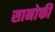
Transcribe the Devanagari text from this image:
सानोफी